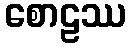
စောဠဿ